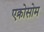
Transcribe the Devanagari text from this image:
एक्रोसोम